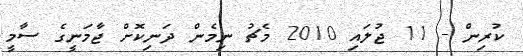
ކުރިން - 11 ޖުލައި 2010 މެޗު ނިމެން ދަނިކޮށް ޖާމަނީގެ ސާމީ